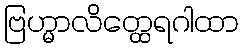
ဗြဟ္မာလိတ္ထေရဂါထာ